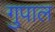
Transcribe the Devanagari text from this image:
गुपाल